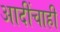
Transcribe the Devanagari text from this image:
आदींचाही